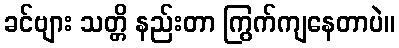
ခင်ဗျား သတ္တိ နည်းတာ ကြွက်ကျနေတာပဲ။